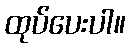
ထုပ်ပေးပါ။